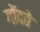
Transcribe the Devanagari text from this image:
गोंदते